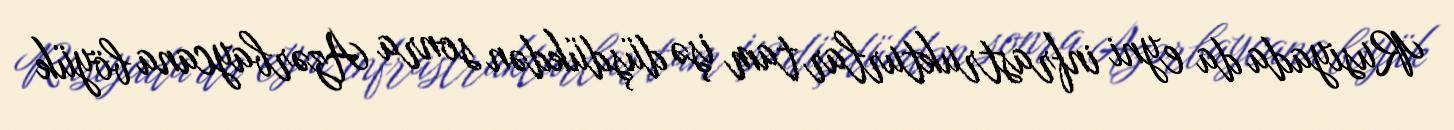
Rusiyada da eyni infrastrukturlar tam işə düşdükdən sonra Azərbaycana böyük